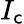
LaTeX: I_{\mathsf{c}}